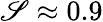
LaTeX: \mathscr{S}\approx0.9